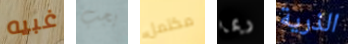
غبيه يجب مكتمل ربما الذرية